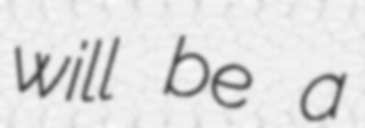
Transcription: will be a